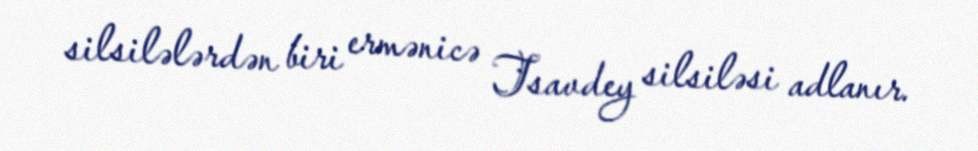
silsilələrdən biri ermənicə Tsavdey silsiləsi adlanır.